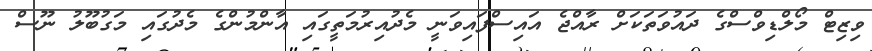
ވިޒިޓް މޯލްޑިވްސްގެ ދައުވަތަކަށް ރާއްޖެ އައިސްފައިވަނީ މެދުއިރުމަތީގައި އާންމުންގެ މެދުގައި މަގުބޫލު ނޫސް